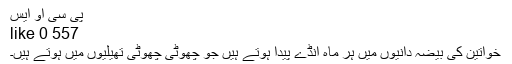
پی سی او ایس
557 0 like
خواتین کی بیضہ دانیوں میں ہر ماہ انڈے پیدا ہوتے ہیں جو چھوٹی چھوٹی تھیلیوں میں ہوتے ہیں۔